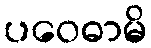
ပဝေဓာမိ